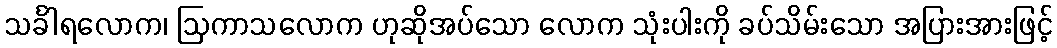
သင်္ခါရလောက၊ ဩကာသလောက ဟုဆိုအပ်သော လောက သုံးပါးကို ခပ်သိမ်းသော အပြားအားဖြင့်